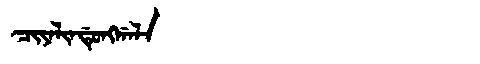
Manchu: ᠴᡳᠶᠠᠯᡳᠨᡩᡠᠩᡤᠠᠯᠠ
Romanization: CIYALINDUNGGALA